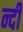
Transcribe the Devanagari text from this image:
न्दी